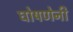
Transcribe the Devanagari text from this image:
घोषणेनी